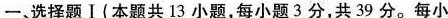
一、选择题Ⅰ(本题共13小题，每小题3分，共39分。每小